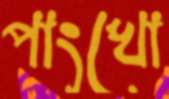
পাংখো